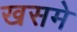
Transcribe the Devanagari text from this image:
खसमे